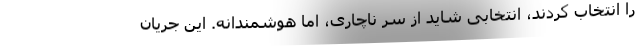
را انتخاب کردند، انتخابی شاید از سر ناچاری، اما هوشمندانه. این جریان